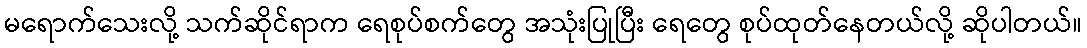
မရောက်သေးလို့ သက်ဆိုင်ရာက ရေစုပ်စက်တွေ အသုံးပြုပြီး ရေတွေ စုပ်ထုတ်နေတယ်လို့ ဆိုပါတယ်။